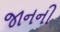
જાનની